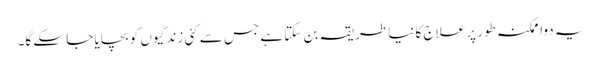
یہ دوا ممکنہ طور پر علاج کا نیا طریقہ بن سکتا ہے جس سے کئی زندگیوں کو بچایا جا سکے گا۔